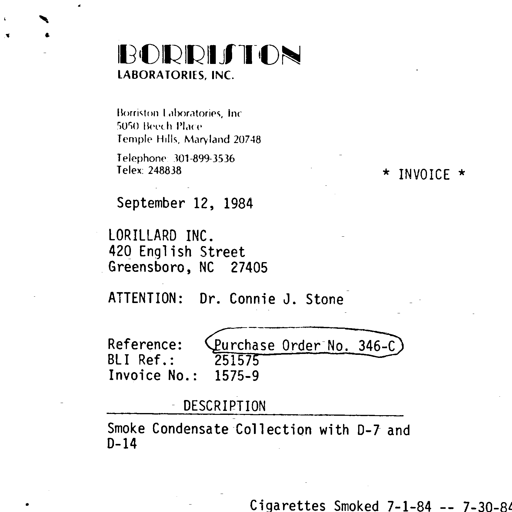
BORRISTON
LABORATORIES, INC.

Borriston Laboratories, Inc
5050 Beech Place
Temple Hills, Maryland 20748

Telephone: 301-899-3536
Telex: 248838

* INVOICE *

September 12, 1984

LORILLARD INC.
420 English Street
Greensboro, NC 27405

ATTENTION: Dr. Connie J. Stone

Reference: Purchase Order No. 346-C
BLI Ref.: 251575
Invoice No.: 1575-9

DESCRIPTION
Smoke Condensate Collection with D-7 and
D-14

Cigarettes Smoked 7-1-84 -- 7-30-84